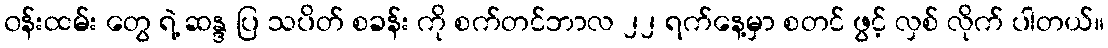
၀န်းထမ်း တွေ ရဲ့ ဆန္ဒ ပြ သပိတ် စခန်း ကို စက်တင်ဘာလ ၂၂ ရက်နေ့မှာ စတင် ဖွင့် လှစ် လိုက် ပါတယ်။